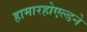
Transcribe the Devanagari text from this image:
हामारहोएल्डने